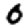
Digit: 0